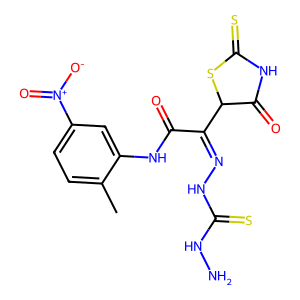
SMILES: Cc1ccc([N+](=O)[O-])cc1NC(=O)C(=NNC(=S)NN)C1SC(=S)NC1=O
Inhibits HIV replication: No